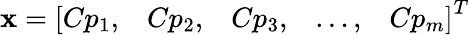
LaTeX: \mathbf{x}=\left[\begin{array}{lllll}{Cp_{1},}&{Cp_{2},}&{Cp_{3},}&{\dots,}&{Cp_{m}}\end{array}\right]^{T}